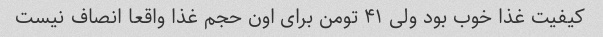
کیفیت غذا خوب بود ولی ۴۱ تومن برای اون حجم غذا واقعا انصاف نیست